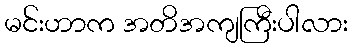
မင်းဟာက အတိအကျကြီးပါလား